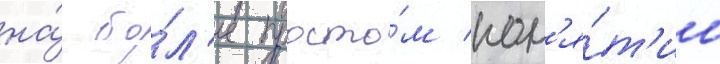
на́ бо́л'ее просто́м пон'я́т'ии